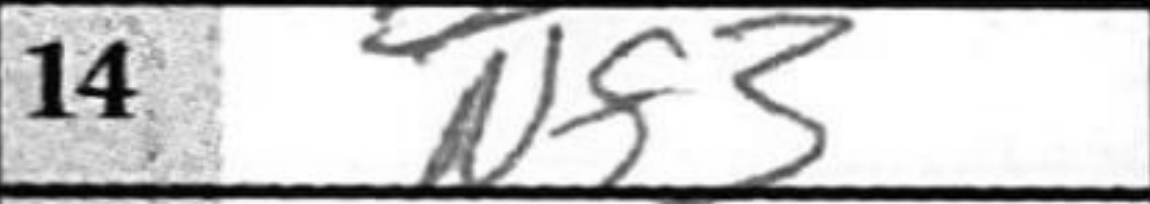
Transcription: Nf3